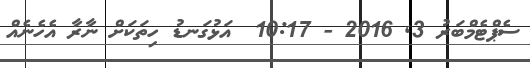
ސެޕްޓެމްބަރު 3